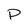
Character: p